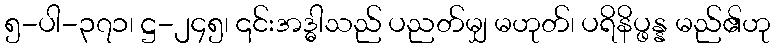
၅-ပါ-၃၇၁၊ ဋ္ဌ-၂၄၅၊ ၎င်းအဒ္ဓါသည် ပညတ်မျှ မဟုတ်၊ ပရိနိပ္ဖန္န မည်၏ဟု